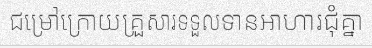
ជម្រៅក្រោយគ្រួសារទទួលទានអាហារជុំគ្នា